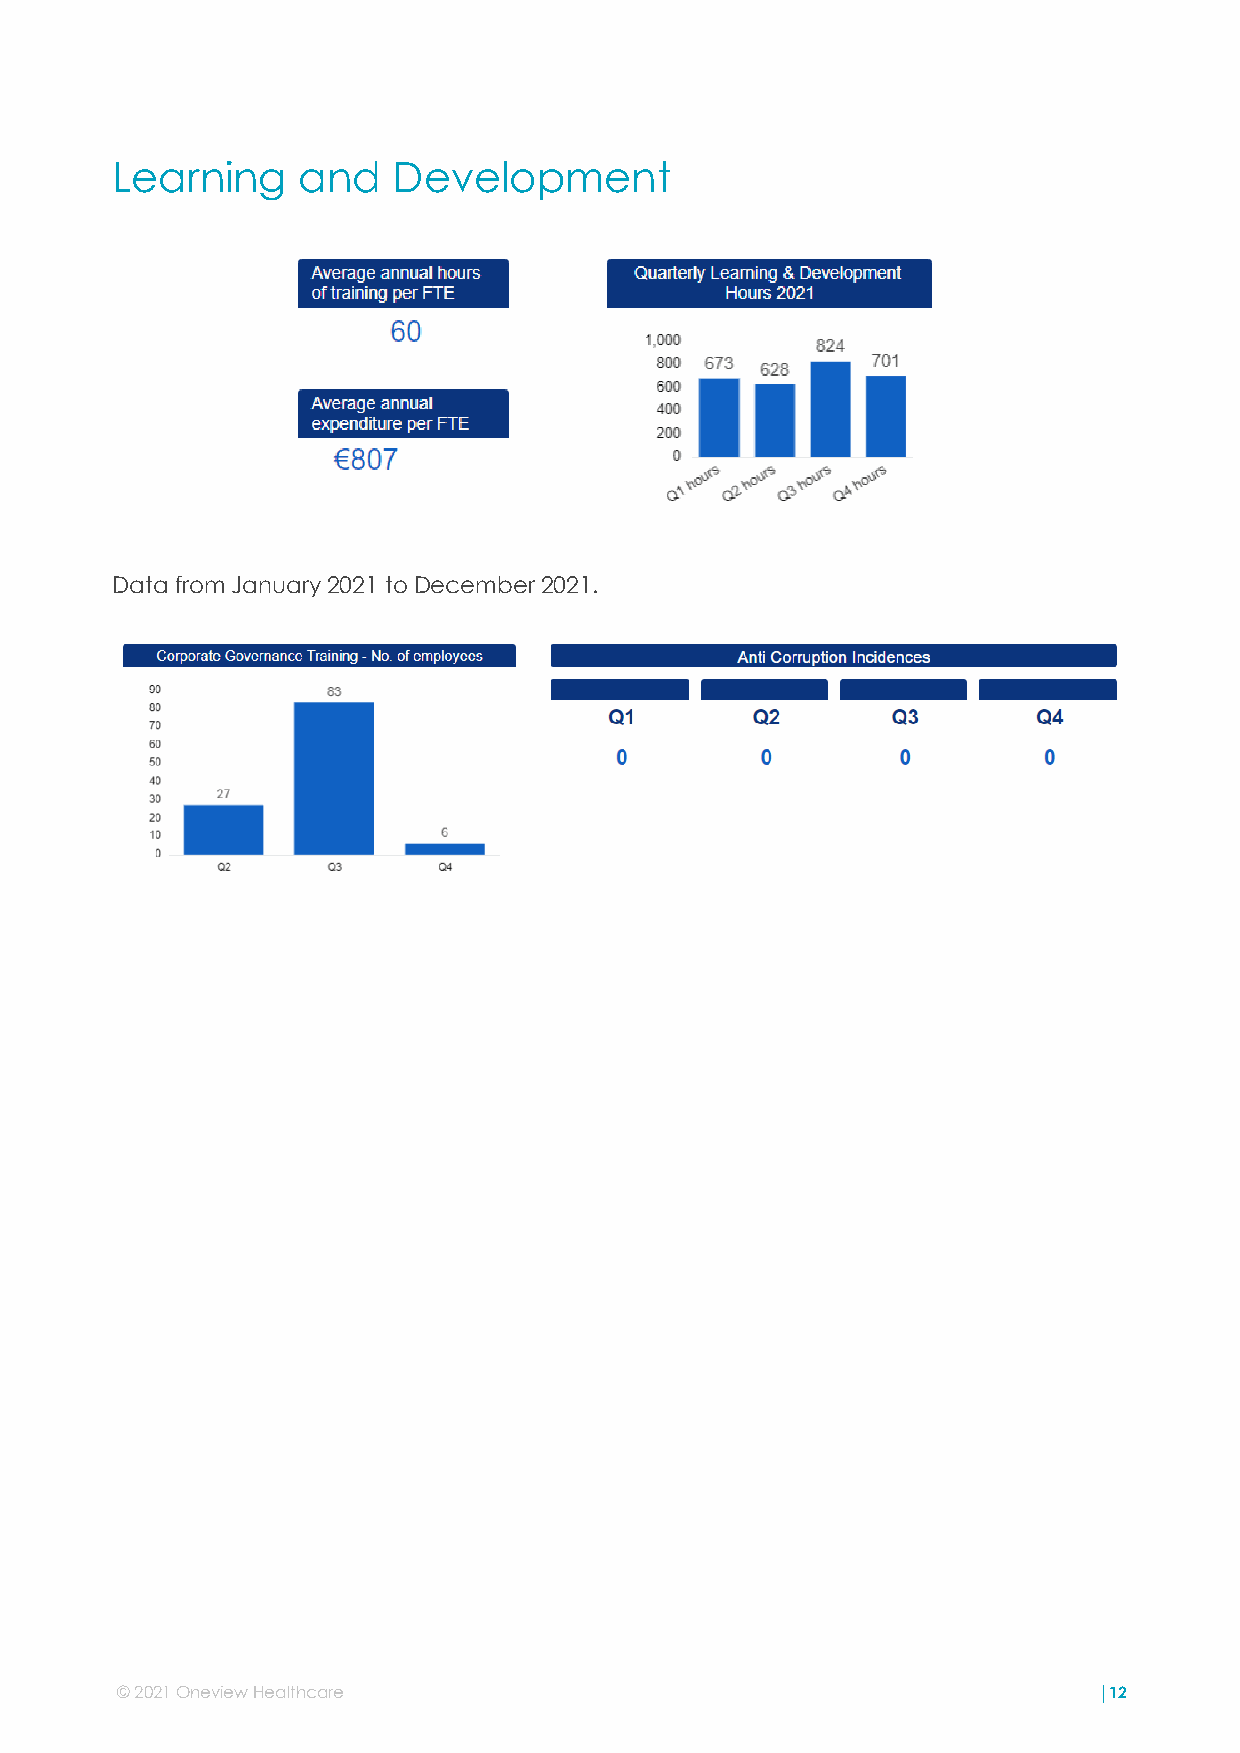
Learning     and   Development
 Data from January 2021 to December 2021.
 © 2021 Oneview Healthcare                                        |12
 ©